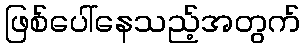
ဖြစ်ပေါ်နေသည့်အတွက်